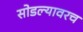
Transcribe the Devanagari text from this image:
सोडल्यावरच